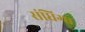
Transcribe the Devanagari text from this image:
संधिग्ध